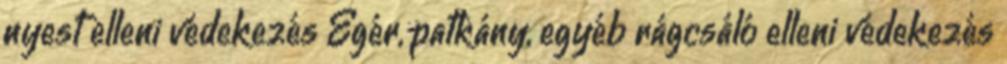
nyest elleni védekezés Egér, patkány, egyéb rágcsáló elleni védekezés